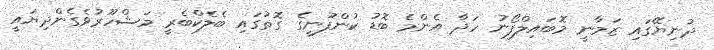
ދުނިޔޭގައި ޒަމާނީ މޮބައިލްފޯނު ހަދާ އެންމެ ބޮޑު ކުންފުނީގެ ގޮތުގައި ބެލެކްބެރީ މަޝްހޫރުވެގެންދިޔައީ